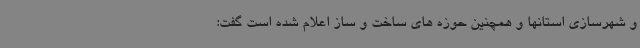
و شهرسازی استانها و همچنین حوزه های ساخت و ساز اعلام شده است گفت: